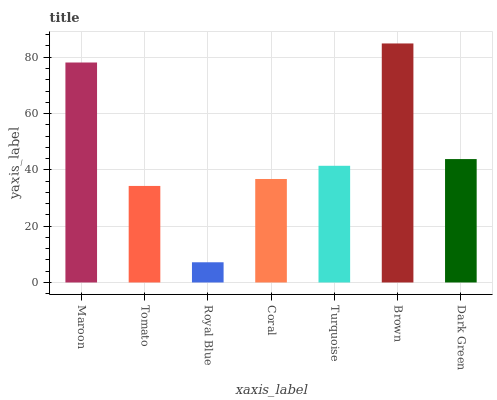
| xaxis_label | bars |
 | --- | --- |
 | Maroon | 78.1 |
 | Tomato | 34.3 |
 | Royal Blue | 7.17 |
 | Coral | 36.8 |
 | Turquoise | 41.4 |
 | Brown | 84.9 |
 | Dark Green | 43.8 |